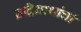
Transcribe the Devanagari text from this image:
ब्रदिनाथांची